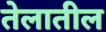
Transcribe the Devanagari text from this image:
तेलातील